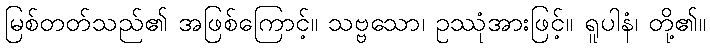
မြစ်တတ်သည်၏ အဖြစ်ကြောင့်။ သဗ္ဗသော၊ ဥဿုံအားဖြင့်။ ရူပါနံ၊ တို့၏။